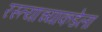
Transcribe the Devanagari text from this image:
रस्त्याच्याकडेला